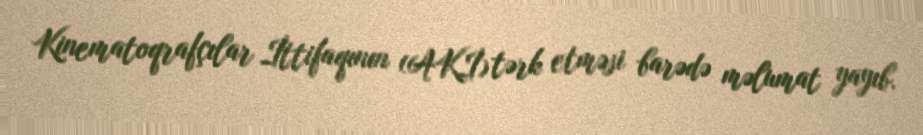
Kinematoqrafçılar İttifaqının (AKİ) tərk etməsi barədə məlumat yayıb.